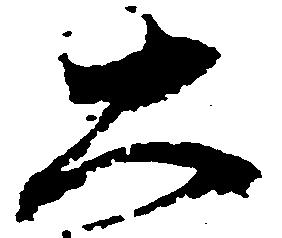
大